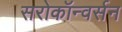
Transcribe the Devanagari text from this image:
सरोकॉन्वर्सन